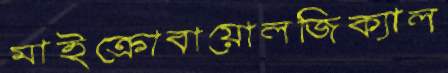
মাইক্রোবায়োলজিক্যাল